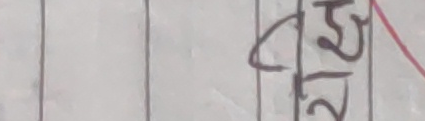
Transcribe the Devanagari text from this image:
छ
२